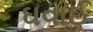
ઘવાઈ